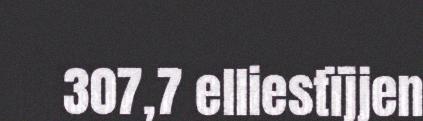
307,7 elliestïjjen